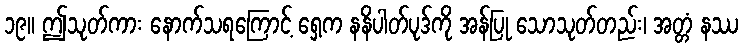
၁၉။ ဤသုတ်ကား နောက်သရကြောင့် ရှေ့က နနိပါတ်ပုဒ်ကို အန်ပြု သောသုတ်တည်း၊ အတ္တံ နဿ